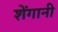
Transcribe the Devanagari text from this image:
शेंगानी